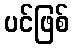
ပင်ဖြစ်